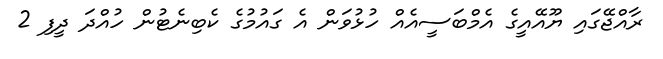
ރާއްޖޭގައި ޔޫއޭއީގެ އެމްބަސީއެއް ހުޅުވަން އެ ގައުމުގެ ކެބިނެޓުން ހުއްދަ ދީފި 2